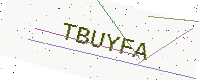
Text: TBUYFA